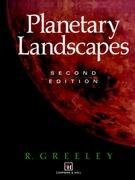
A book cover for Planetary Landscapes; R. Greeley; Science & Math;